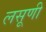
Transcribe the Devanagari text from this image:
लसूणी